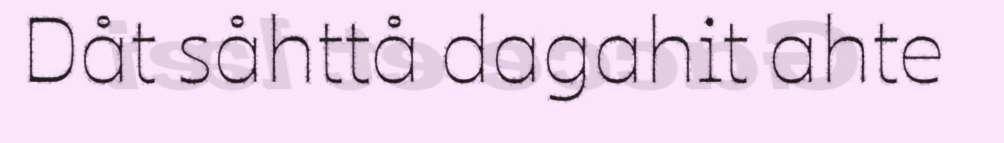
Dåt såhttå dagahit ahte